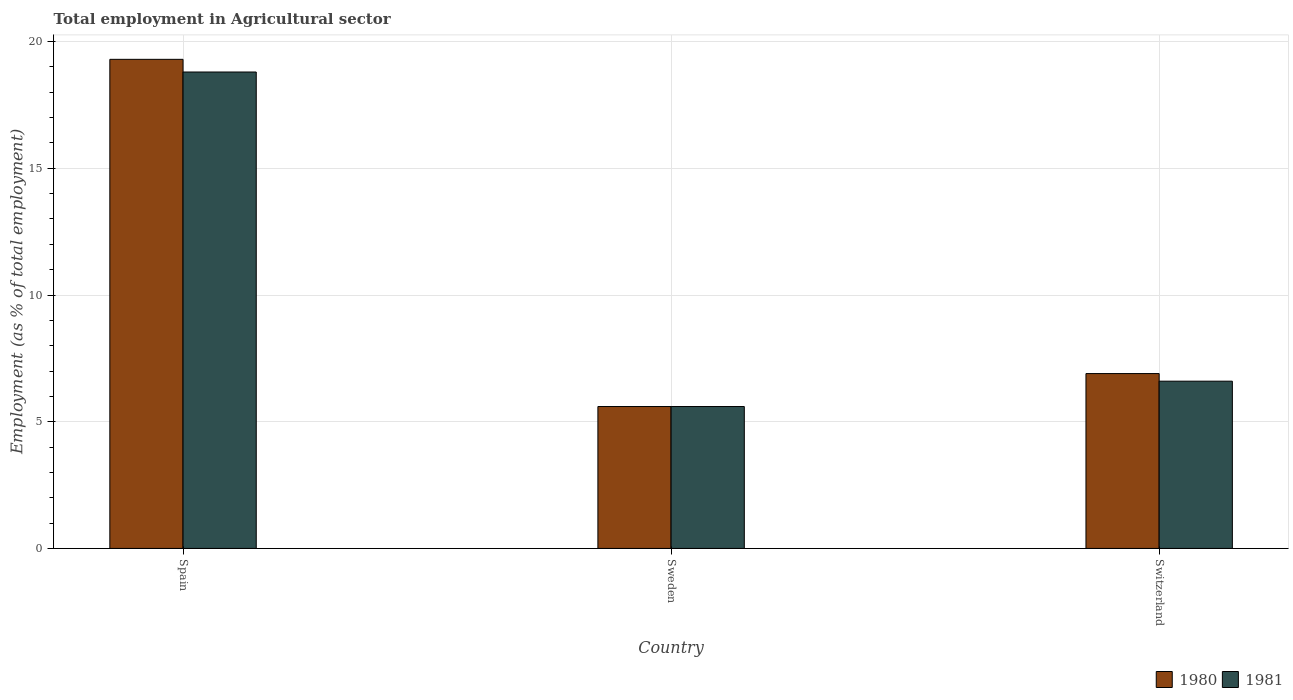
| Country | 1980 | 1981 |
 | --- | --- | --- |
 | Spain | 19.3 | 18.8 |
 | Sweden | 5.6 | 5.6 |
 | Switzerland | 6.9 | 6.6 |